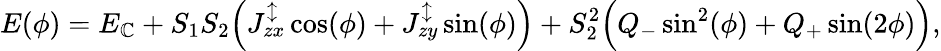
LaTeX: E(\phi)=E_{\mathbb{C}}+S_{1}S_{2}\Big(J_{zx}^{\updownarrow}\cos(\phi)+J_{zy}^{\updownarrow}\sin(\phi)\Big)+S_{2}^{2}\Big(Q_{-}\sin^{2}(\phi)+Q_{+}\sin(2\phi)\Big),